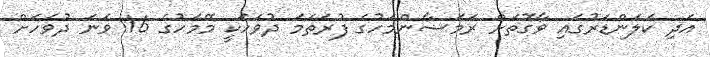
އަދި ކަލަންޑަރުގައި ވާގޮތަށް ރަމަޟާންމަހުގެ ފުރަތަމަ ދުވަހަކީ މޭމަހުގެ 16 ވަނަ ދުވަހަށް